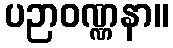
ပဉာဝဏ္ဏနာ။